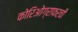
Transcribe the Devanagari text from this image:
कोरिओग्राफरची